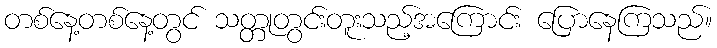
တစ်နေ့တစ်နေ့တွင် သတ္တုတွင်းတူးသည့်အကြောင်း ပြောနေကြသည်။